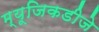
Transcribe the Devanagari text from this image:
म्यूजिकडीजे